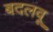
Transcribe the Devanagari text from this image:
बदलवू